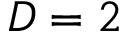
D = 2